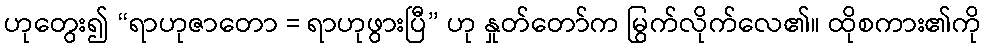
ဟုတွေး၍ “ရာဟုဇာတော = ရာဟုဖွားပြီ” ဟု နှုတ်တော်က မြွက်လိုက်လေ၏။ ထိုစကား၏ကို